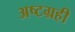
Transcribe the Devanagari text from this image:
अष्टग्रही